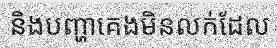
និងបញ្ហាគេងមិនលក់ដែល